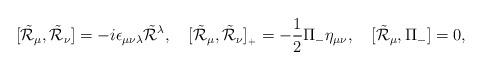
LaTeX: \begin{align*}[\tilde{\cal R}_\mu,\tilde{\cal R}_\nu]=-i\epsilon_{\mu\nu\lambda}\tilde{\cal R}{}^\lambda,\quad[\tilde{\cal R}_\mu,\tilde{\cal R}_\nu]_{{}_+}=-\frac{1}{2}\Pi_-\eta_{\mu\nu},\quad[\tilde{\cal R}_\mu,\Pi_-]=0,\end{align*}